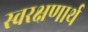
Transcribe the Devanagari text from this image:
स्वरक्षणार्थ